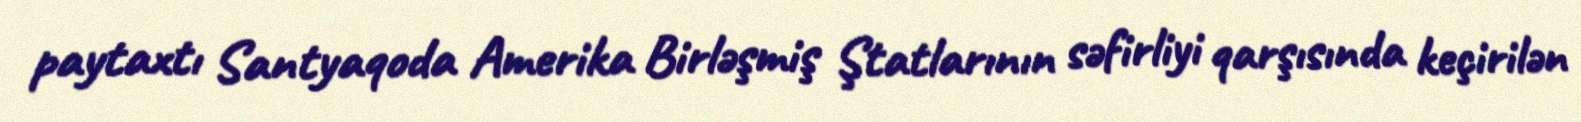
paytaxtı Santyaqoda Amerika Birləşmiş Ştatlarının səfirliyi qarşısında keçirilən